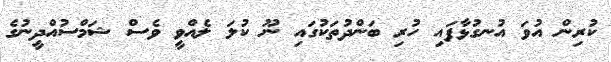
ކުރިން އުވަ އުނގުޅާފައި ހުރި ބަންދުތަކުގައި ނޫ ކުލަ ލެއްވީ ވެސް ޝަމްސުއްދީނުގެ